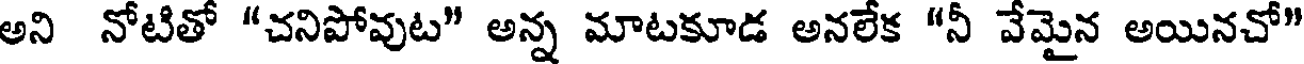
అని నోటితో "చనిపోవుట" అన్న మాటకూడ అనలేక "నీ వేమైన అయినచో"